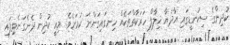
ކުދިންގެ ސިކުނޑީގައި އާދަޔާ ޚިލާފް ހަރަކާތްތަކެއް ހިނގައިގަންނަ ކަމަށެވެ. މިއީ ކުދިން ދެނެގަނެވިފައި